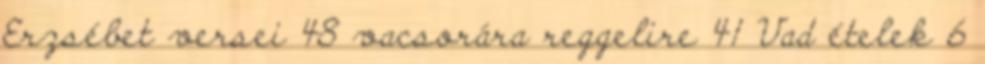
Erzsébet versei 48 vacsorára reggelire 41 Vad ételek 6